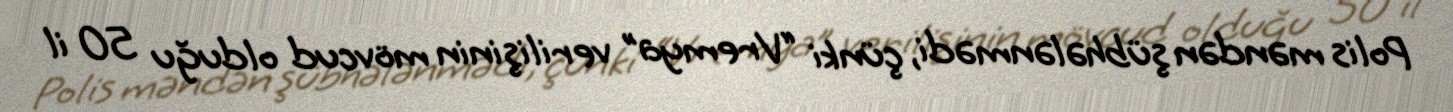
Polis məndən şübhələnmədi, çünki “Vremya” verilişinin mövcud olduğu 50 il